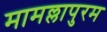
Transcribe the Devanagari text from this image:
मामल्लापुरम